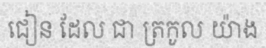
ជៀន ដែល ជា ត្រកូល យ៉ាង